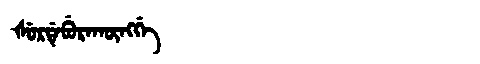
Manchu: ᡧᡠᡵᡩᡝᠪᡠᡵᠠᡴᡡᠩᡤᡝ
Romanization: ŠURDEBURAKŪNGGE